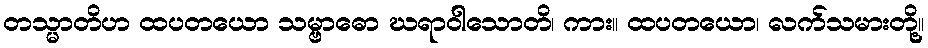
တသ္မာတိဟ ထပတယော သမ္ဗာဓော ဃရာဝါသောတိ၊ ကား။ ထပတယော၊ လက်သမားတို့။